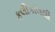
કલીકાલથી